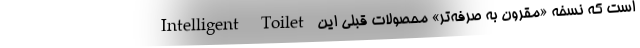
Intelligent Toilet است که نسخه «مقرون به صرفه‌تر» محصولات قبلی این